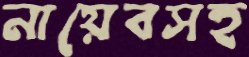
নায়েবসহ